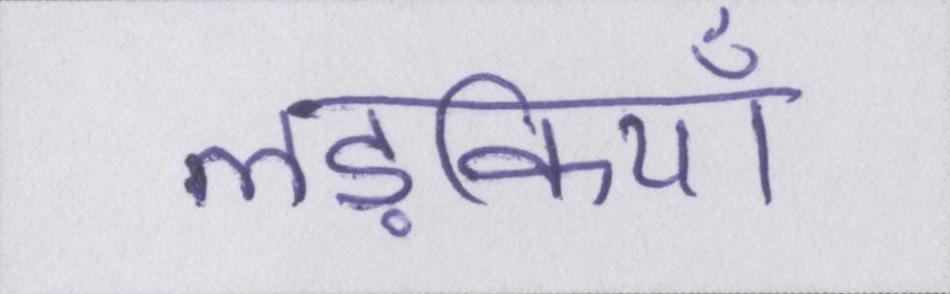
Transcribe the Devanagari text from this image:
लड़कियाँ